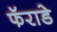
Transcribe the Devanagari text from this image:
फॅराडे